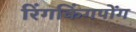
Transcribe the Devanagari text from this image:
रिंगकिंगपोंग